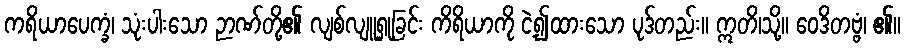
ကရိယာပေက္ခံ၊ သုံးပါးသော ဉာဏ်တို့၏ လျစ်လျူရှုခြင်း ကိရိယာကို ငဲ့၍ထားသော ပုဒ်တည်း။ ဣတိ၊သို့။ ဝေဒိတဗ္ဗံ၊ ၏။